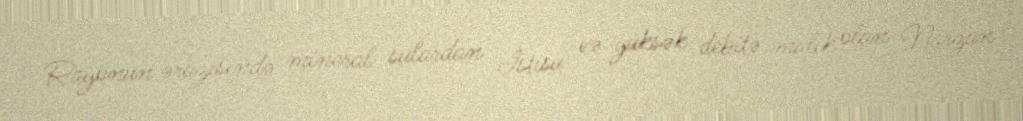
Rayonun ərazisində mineral sulardan İstisu və yüksək debitə malik olan Narzan